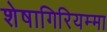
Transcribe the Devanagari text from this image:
शेषागिरियम्मा